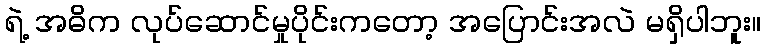
ရဲ့ အဓိက လုပ်ဆောင်မှုပိုင်းကတော့ အပြောင်းအလဲ မရှိပါဘူး။